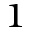
_ 1